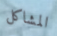
المشاكل